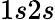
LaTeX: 1s2s